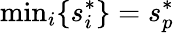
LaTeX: \textrm{min}_{i}\{ s_{i}^{*}\} =s_{p}^{*}